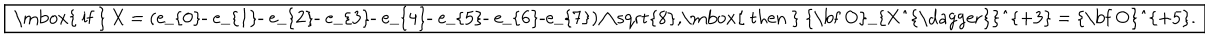
\fbox { \mathrm { ~ i f ~ } X = ( e _ { 0 } - e _ { 1 } - e _ { 2 } - e _ { 3 } - e _ { 4 } - e _ { 5 } - e _ { 6 } - e _ { 7 } ) / \sqrt { 8 } , \mathrm { ~ t h e n ~ } { \bf O } _ { X ^ { \dagger } } ^ { + 3 } = { \bf O } ^ { + 5 } . }